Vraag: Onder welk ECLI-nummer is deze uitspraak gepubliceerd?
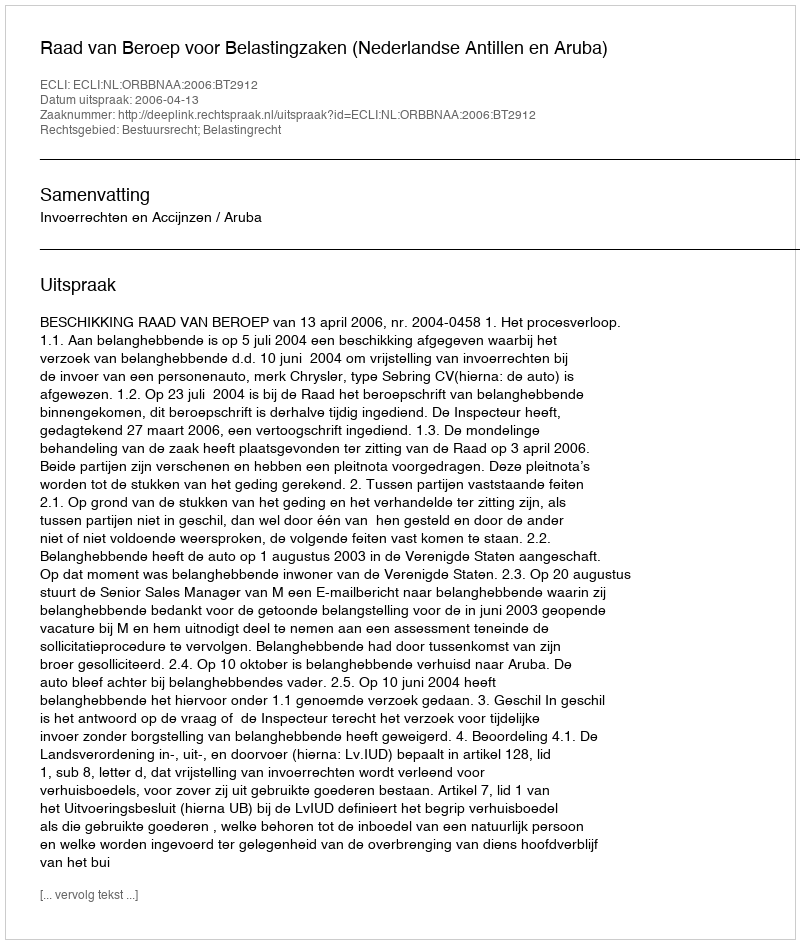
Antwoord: ECLI:NL:ORBBNAA:2006:BT2912